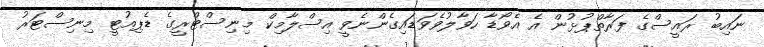
ނައިބު ރައީސްގެ ފަރާތްޕުޅުން އެ އެވޯޑާ ހަވާލުވެވަޑައިގެންނެވީ އިސްލާމިކް މިނިސްޓްރީގެ ޑެޕިއުޓީ މިނިސްޓަރު